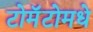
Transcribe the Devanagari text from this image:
टोमॅटोमधे